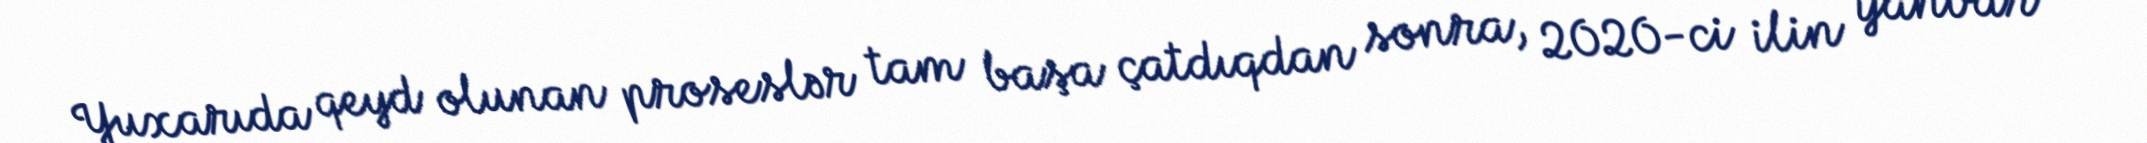
Yuxarıda qeyd olunan proseslər tam başa çatdıqdan sonra, 2020-ci ilin yanvar